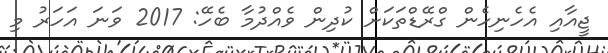
ޖީއާއި އެހެނިހެން ގްރޭޑްތަކަށް ކުދިން ވެއްދުމާ ބެހޭ: 2017 ވަނަ އަހަރު މި